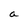
Character: a